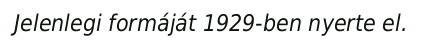
Jelenlegi formáját 1929-ben nyerte el.